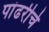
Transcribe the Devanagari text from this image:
पांढरीचे